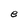
Character: e